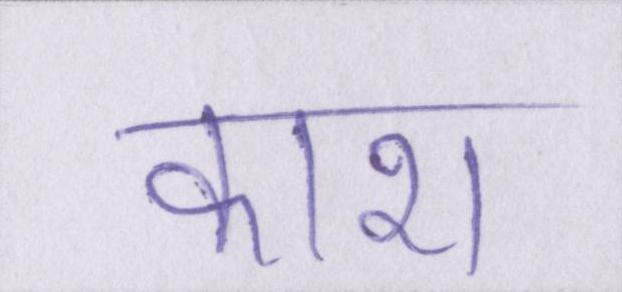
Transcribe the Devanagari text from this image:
काश